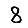
Digit: 8